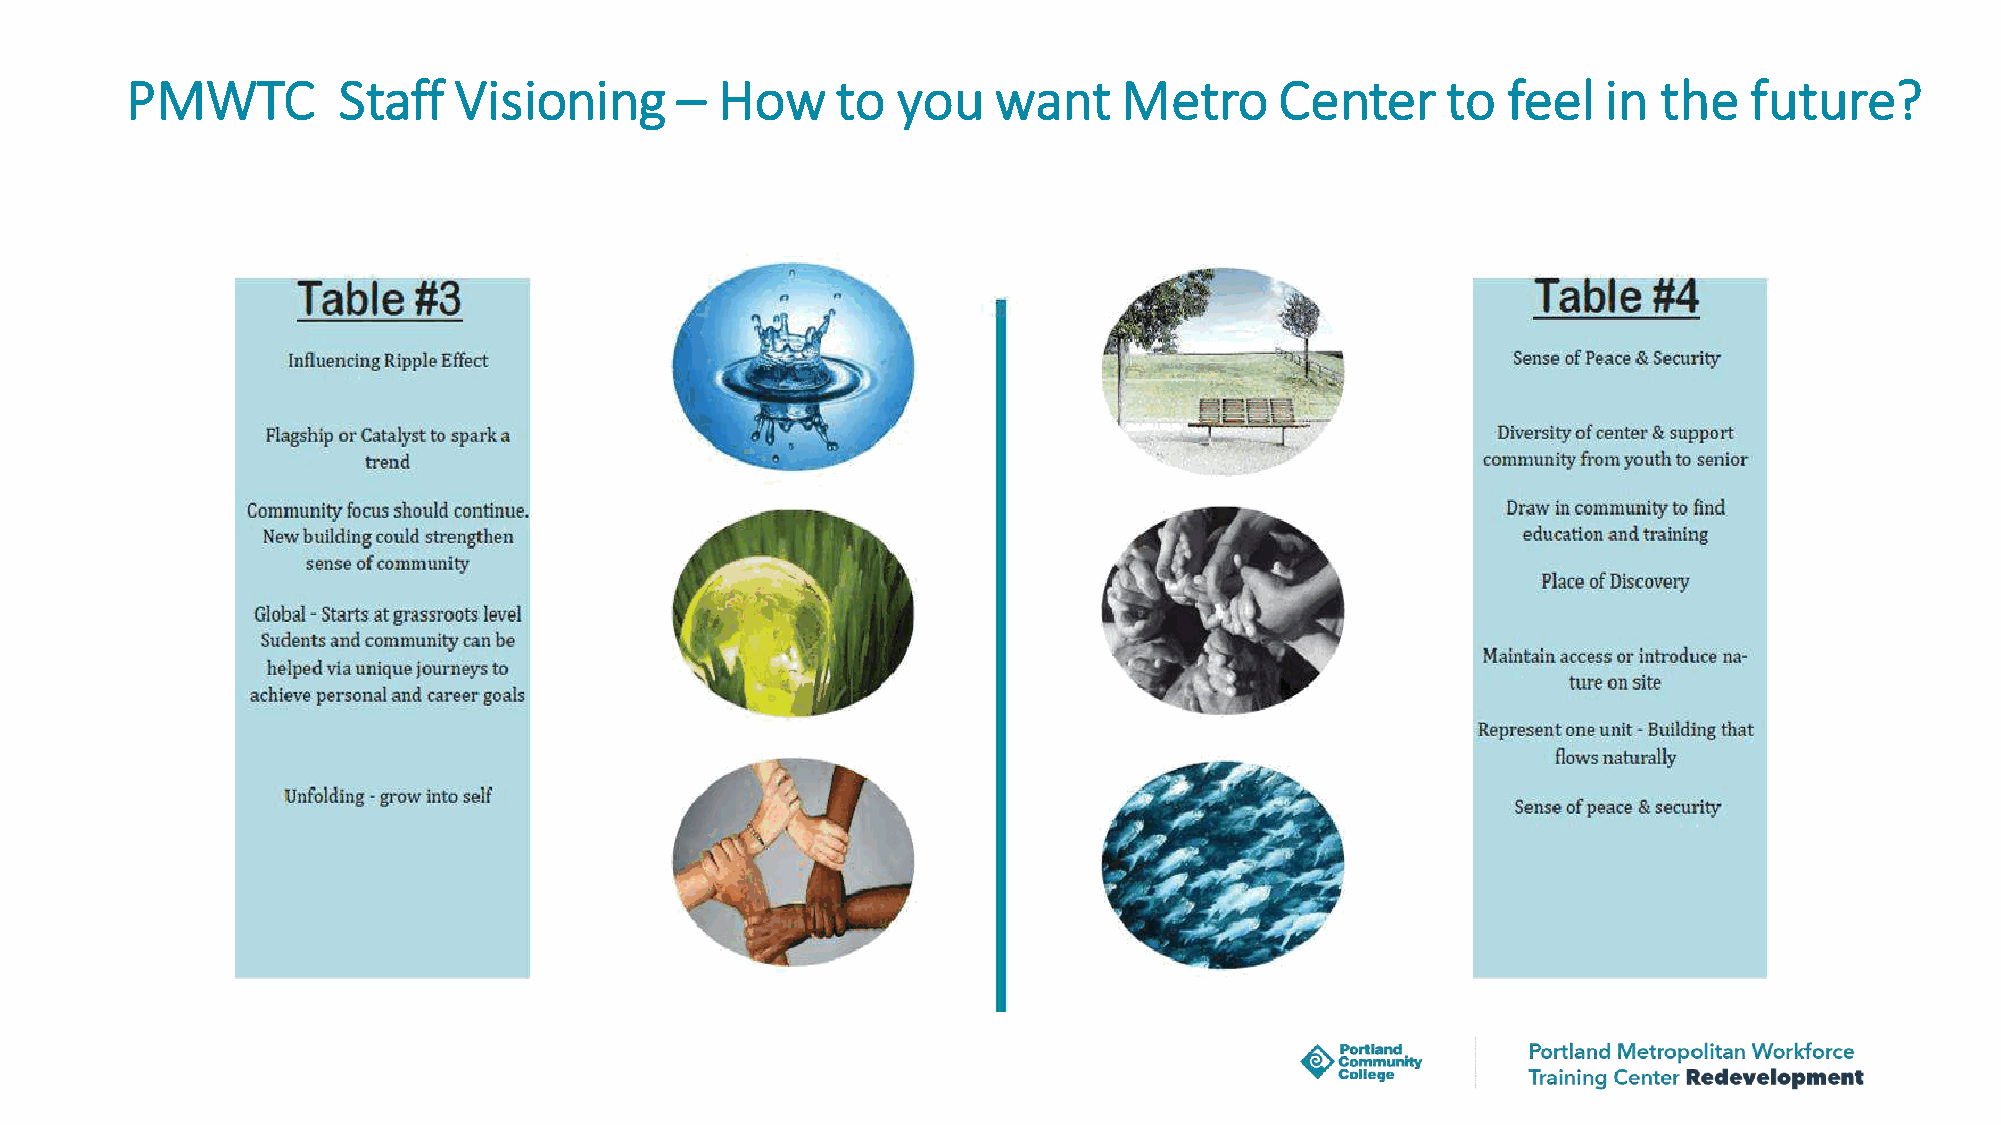
PMWTC         Staff   Visioning      –  How    to  you    want    Metro      Center     to  feel  in  the   future?